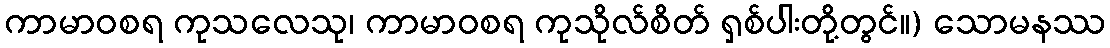
ကာမာဝစရ ကုသလေသု၊ ကာမာဝစရ ကုသိုလ်စိတ် ရှစ်ပါးတို့တွင်။) သောမနဿ